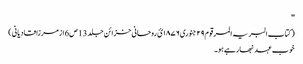
''
( کتاب البریہ المرقوم ٢٩ جنوری ١٨٧٦ئ روحانی خزائن جلد 13 ص6 ازمرزا قادیانی )
خوب عہد نبھارہے ہو۔